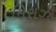
મિરાઝી